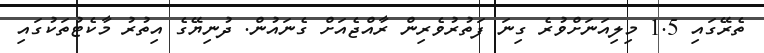
ތެރޭގައި 1.5 މިލިއަނަށްވުރެ ގިނަ ފަތުރުވެރިން ރާއްޖެއަށް ގެނައުން. ދުނިޔޭގެ އިތުރު މާކެޓުތަކުގައި